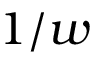
1 / w